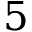
5